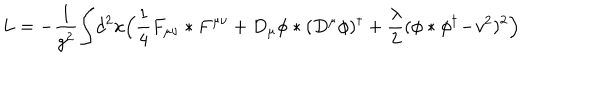
L = - { \frac { 1 } { g ^ { 2 } } } \! \int \! d ^ { 2 } x \Bigl ( { \frac { 1 } { 4 } } F _ { \mu \nu } * F ^ { \mu \nu } + D _ { \mu } \phi * ( D ^ { \mu } \phi ) ^ { \dagger } + { \frac { \lambda } { 2 } } ( \phi * \phi ^ { \dagger } \! - \! v ^ { 2 } ) ^ { 2 } \Bigr )